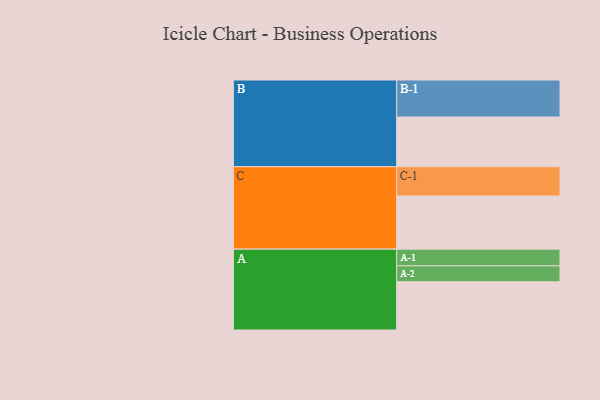
{"axis": {"x": "Segment", "y": "Value"}, "legend": ["", "A", "B", "C"], "data": [{"x": "A", "y": 379, "type": ""}, {"x": "B", "y": 390, "type": ""}, {"x": "C", "y": 417, "type": ""}, {"x": "A-1", "y": 131, "type": "A"}, {"x": "A-2", "y": 125, "type": "A"}, {"x": "B-1", "y": 291, "type": "B"}, {"x": "C-1", "y": 230, "type": "C"}]}